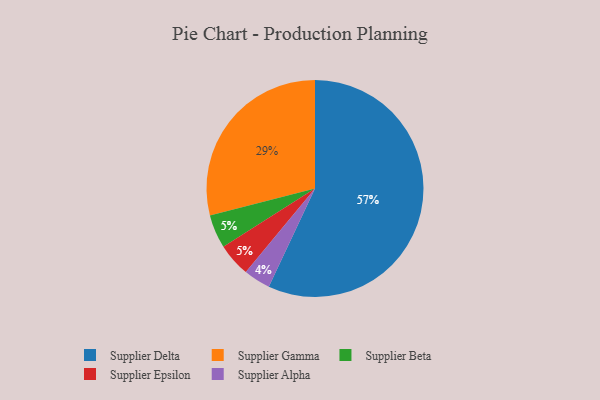
{"axis": {"x": "Category", "y": "Percentage"}, "legend": ["Supplier Alpha", "Supplier Beta", "Supplier Delta", "Supplier Epsilon", "Supplier Gamma"], "data": [{"x": "Supplier Delta", "y": 57, "type": "Supplier Delta"}, {"x": "Supplier Beta", "y": 5, "type": "Supplier Beta"}, {"x": "Supplier Epsilon", "y": 5, "type": "Supplier Epsilon"}, {"x": "Supplier Gamma", "y": 29, "type": "Supplier Gamma"}, {"x": "Supplier Alpha", "y": 4, "type": "Supplier Alpha"}]}